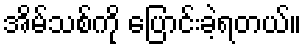
အိမ်သစ်ကို ပြောင်းခဲ့ရတယ်။